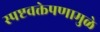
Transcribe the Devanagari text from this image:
स्पष्टवक्तेपणामुळे